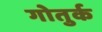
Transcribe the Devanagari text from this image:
गोतुर्क